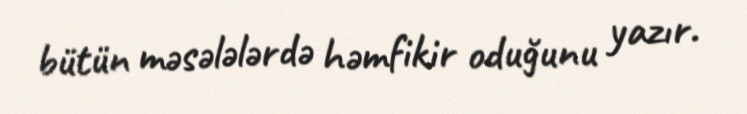
bütün məsələlərdə həmfikir oduğunu yazır.